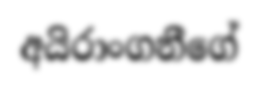
අයිරාංගනීගේ